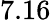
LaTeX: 7.16